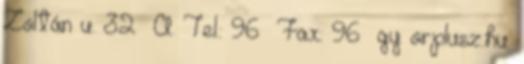
Zoltán u. 32 A. Tel.: 96 Fax: 96 gy orplusz.hu.